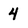
Character: 4